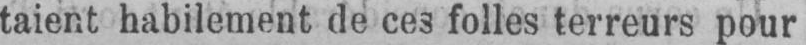
taient habilement de ces folles terreurs pour